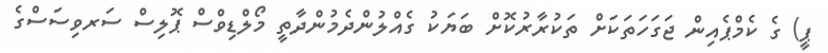
ޕީ) ގެ ކެމްޕެއިން ޖަގަހަތަކަށް ތަކުރާރުކޮށް ބަޔަކު ގެއްލުންދެމުންދާތީ މޯލްޑިވްސް ޕޮލިސް ސަރވިސަސްގެ